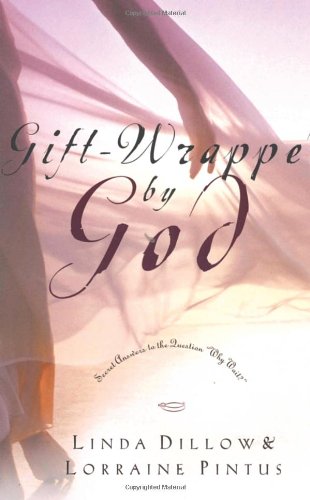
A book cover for Gift-Wrapped by God: Secret Answers to the Question "Why Wait?"; Linda Dillow; Teen & Young Adult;